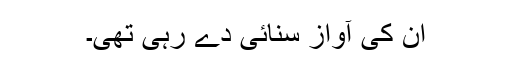
ان کی آواز سنائی دے رہی تھی۔